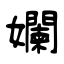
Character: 孄